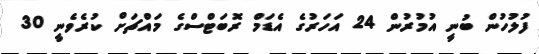
ފުލުހުން ބުނީ އުމުރުން 24 އަހަރުގެ އެޑަމް ރޮބަޓްސްގެ މައްޗަށް ކުރެވެނީ 30